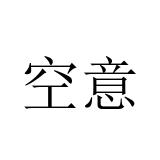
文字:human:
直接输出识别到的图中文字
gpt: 空意